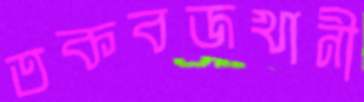
তকবজখানী